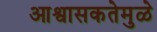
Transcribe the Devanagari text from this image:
आश्वासकतेमुळे